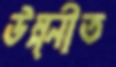
উন্ন্নীত